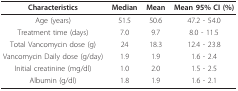
| Characteristics | Median | Mean | Mean 95% CI (%) |
 | --- | --- | --- | --- |
 | Age (years) | 51.5 | 50.6 | 47.2 - 54.0 |
 | Treatment time (days) | 7.0 | 9.7 | 8.0 - 11.5 |
 | Total Vancomycin dose (g) | 24 | 18.3 | 12.4 - 23.8 |
 | Vancomycin Daily dose (g/day) | 1.9 | 1.9 | 1.6 - 2.4 |
 | Initial creatinine (mg/dl) | 1.0 | 2.0 | 1.5 - 2.5 |
 | Albumin (g/dl) | 1.8 | 1.9 | 1.6 - 2.1 |